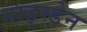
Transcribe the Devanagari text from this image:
गाड्स्डेन